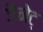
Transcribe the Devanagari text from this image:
जैनेट्